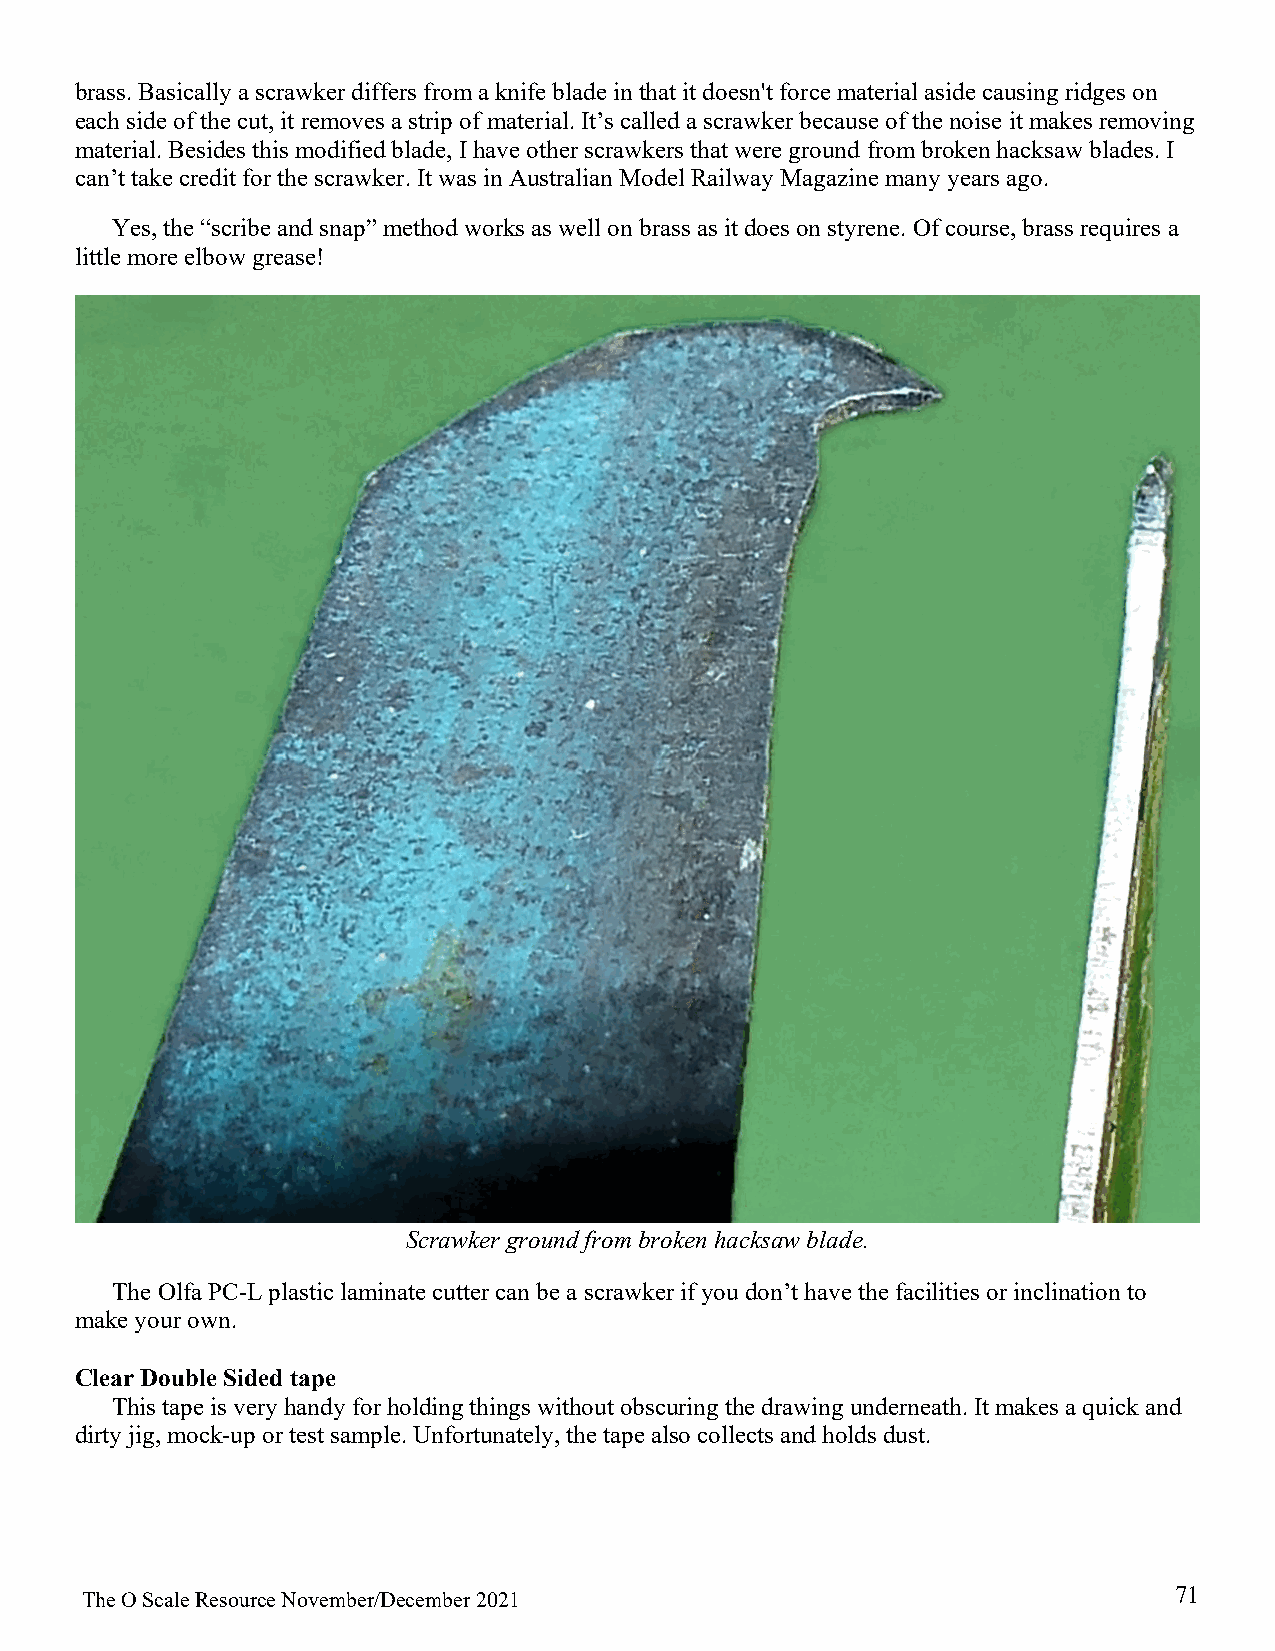
brass. Basically a scrawker differs from a knife blade in that it doesn't force material aside causing ridges on
 each side of the cut, it removes a strip of material. It’s called a scrawker because of the noise it makes removing
 material. Besides this modified blade, I have other scrawkers that were ground from broken hacksaw blades. I
 can’t take credit for the scrawker. It was in Australian Model Railway Magazine many years ago.
 Yes, the “scribe and snap” method works as well on brass as it does on styrene. Of course, brass requires a
 little more elbow grease!
 Scrawker ground from broken hacksaw blade.
 The Olfa PC-L plastic laminate cutter can be a scrawker if you don’t have the facilities or inclination to
 make your own.
 Clear Double Sided tape
 This tape is very handy for holding things without obscuring the drawing underneath. It makes a quick and
 dirty jig, mock-up or test sample. Unfortunately, the tape also collects and holds dust.
 71
 The O Scale Resource November/December 2021